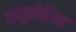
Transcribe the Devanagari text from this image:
क्यूकोशिन